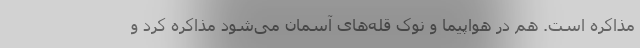
مذاکره است. هم در هواپیما و نوک قله‌های آسمان می‌شود مذاکره کرد و